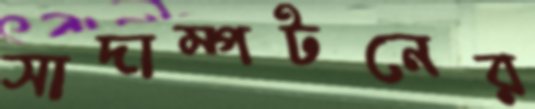
সাদাম্পটনের